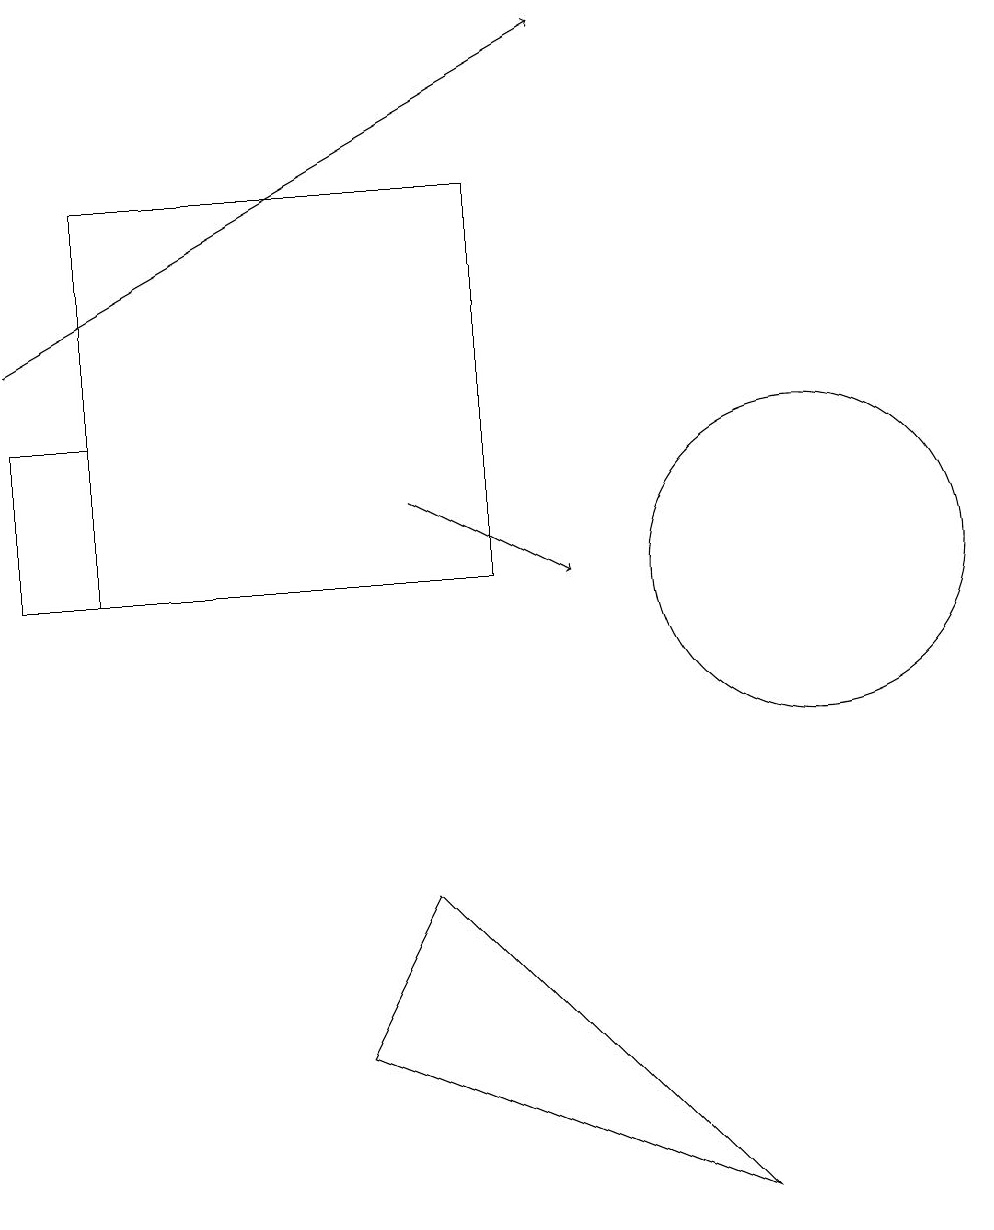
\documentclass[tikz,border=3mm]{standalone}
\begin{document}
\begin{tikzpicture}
\draw (9,3) -- (5,7) -- (4,5) -- cycle;
\draw (1,16) rectangle (6,11);
\draw[->] (5,12) -- (7,11);
\draw[->] (0,14) -- (7,18);
\draw (10,11) circle (2);
\draw (0,11) rectangle (1,13);
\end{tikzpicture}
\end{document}